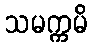
သမက္ကမိ